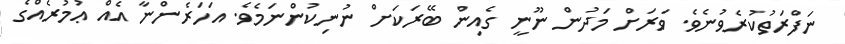
ނަފްރަތުކުރެވުނެވެ. ވަރަށް މަދުން ނޫނީ ގެއިން ބޭރަކަށް ނުނިކުންނަމެވެ. އަހަރެންނާ އެއް ޢުމުރެއްގެ